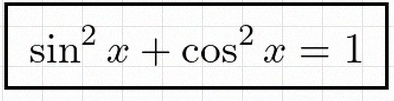
\sin^2x+\cos^2x=1